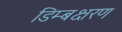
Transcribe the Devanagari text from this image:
डिम्बक्षरण